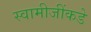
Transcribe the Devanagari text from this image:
स्वामीजींकडे